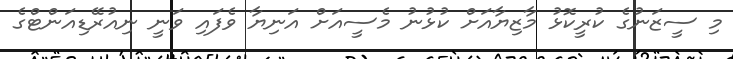
މި ސީޒަނުގެ ކުރީކޮޅު މާޒިޔާއަށް ކުޅުނު މެސީއަށް އަނިޔާ ވެފައި ވަނީ ނިއުރޭޑިއަންޓްގެ